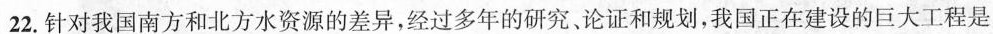
22.针对我国南方和北方水资源的差异，经过多年的研究、论证和规划，我国正在建设的巨大工程是